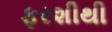
ફરશીથી